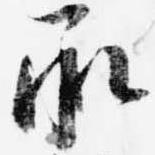
承